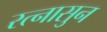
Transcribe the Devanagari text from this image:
रत्‍नासुन